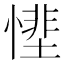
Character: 𢟵